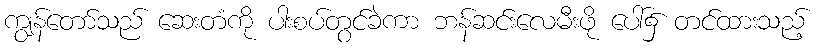
ကျွန်တော်သည် ဆေးတံကို ပါးစပ်တွင်ခဲကာ ဘန်ဆင်းလေမီးဖို ပေါ်၌ တင်ထားသည့်